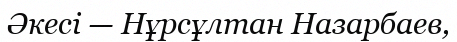
Әкесі — Нұрсұлтан Назарбаев,